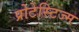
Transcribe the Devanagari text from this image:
प्रोटेस्टिज्म